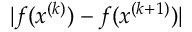
| f ( x ^ { ( k ) } ) - f ( x ^ { ( k + 1 ) } ) |